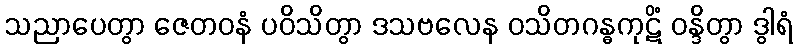
သညာပေတွာ ဇေတဝနံ ပဝိသိတွာ ဒသဗလေန ဝသိတဂန္ဓကုဋိံ ဝန္ဒိတွာ ဒွါရံ